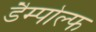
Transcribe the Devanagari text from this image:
डैम्पोल्फ